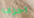
أخرى